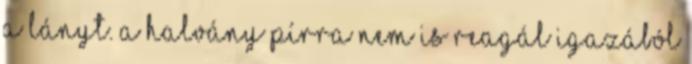
a lányt. A halvány pírra nem is reagál igazából